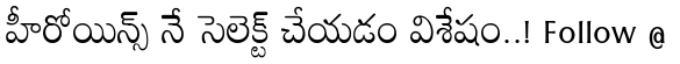
హీరోయిన్స్ నే సెలెక్ట్ చేయడం విశేషం..! Follow @